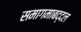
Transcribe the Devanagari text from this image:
समागमाबद्दल